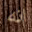
انه